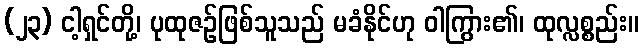
(၂၃) ငါ့ရှင်တို့၊ ပုထုဇဉ်ဖြစ်သူသည် မခံနိုင်ဟု ဝါကြွား၏၊ ထုလ္လစ္စည်း။